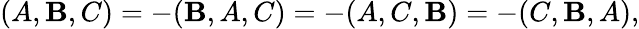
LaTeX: (A,\mathbf{B},C)=-(\mathbf{B},A,C)=-(A,C,\mathbf{B})=-(C,\mathbf{B},A),